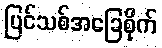
ပြင်သစ်အခြေစိုက်